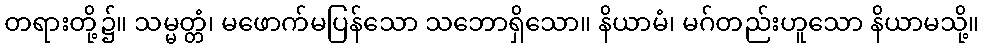
တရားတို့၌။ သမ္မတ္တံ၊ မဖောက်မပြန်သော သဘောရှိသော။ နိယာမံ၊ မဂ်တည်းဟူသော နိယာမသို့။